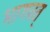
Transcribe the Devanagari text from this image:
भागवत्‌